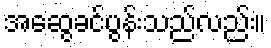
အဆွေခင်ပွန်းသည်လည်း။